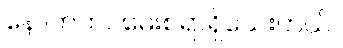
နောက်ထပ်မေးစရာရှိသေးတယ်။